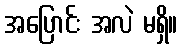
အပြောင်း အလဲ မရှိ။